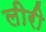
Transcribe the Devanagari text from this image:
लीरी